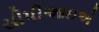
સીપીઆઇએ